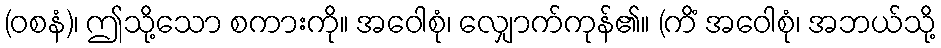
(ဝစနံ)၊ ဤသို့သော စကားကို။ အဝေါစုံ၊ လျှောက်ကုန်၏။ (ကိံ အဝေါစုံ၊ အဘယ်သို့